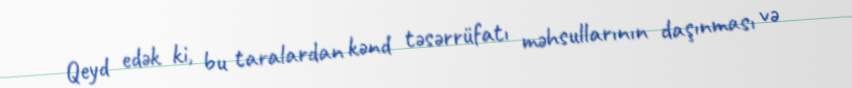
Qeyd edək ki, bu taralardan kənd təsərrüfatı məhsullarının daşınması və